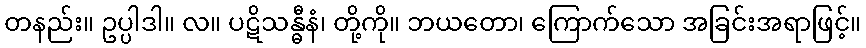
တနည်း။ ဥပ္ပါဒါ။ လ။ ပဋိသန္ဓီနံ၊ တို့ကို။ ဘယတော၊ ကြောက်သော အခြင်းအရာဖြင့်။